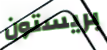
بريستون